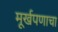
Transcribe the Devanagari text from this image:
मूर्खपणाचा